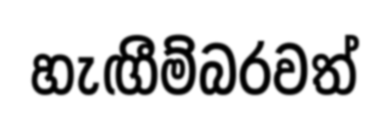
හැඟීම්බරවත්